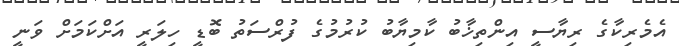
އެމެރިކާގެ ރިޔާސީ އިންތިޚާބު ކާމިޔާބު ކުރުމުގެ ފުރްސަތު ބޮޑީ ހިލަރީ އަށްކަމަށް ވަނީ